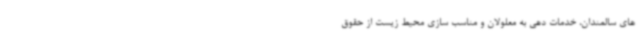
های سالمندان، خدمات دهی به معلولان و مناسب سازی محیط زیست از حقوق